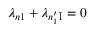
\lambda _ { n 1 } + \lambda _ { n _ { 1 } ^ { \prime } \bar { 1 } } = 0